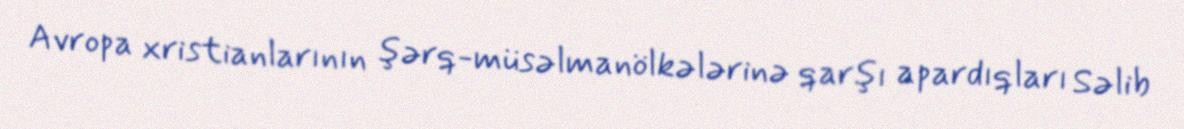
Avropa xristianlarının şərq-müsəlmanölkələrinə qarşı apardıqları Səlib